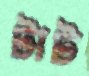
টাট